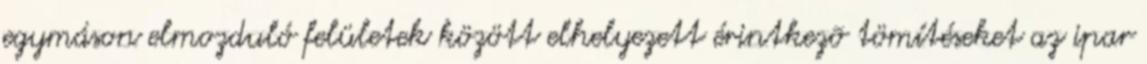
egymáson elmozduló felületek között elhelyezett érintkezõ tömítéseket az ipar